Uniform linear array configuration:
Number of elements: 8
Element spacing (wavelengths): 0.75
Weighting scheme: hamming
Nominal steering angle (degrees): -30
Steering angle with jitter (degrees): -28.679
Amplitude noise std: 0.05
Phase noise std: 0.05

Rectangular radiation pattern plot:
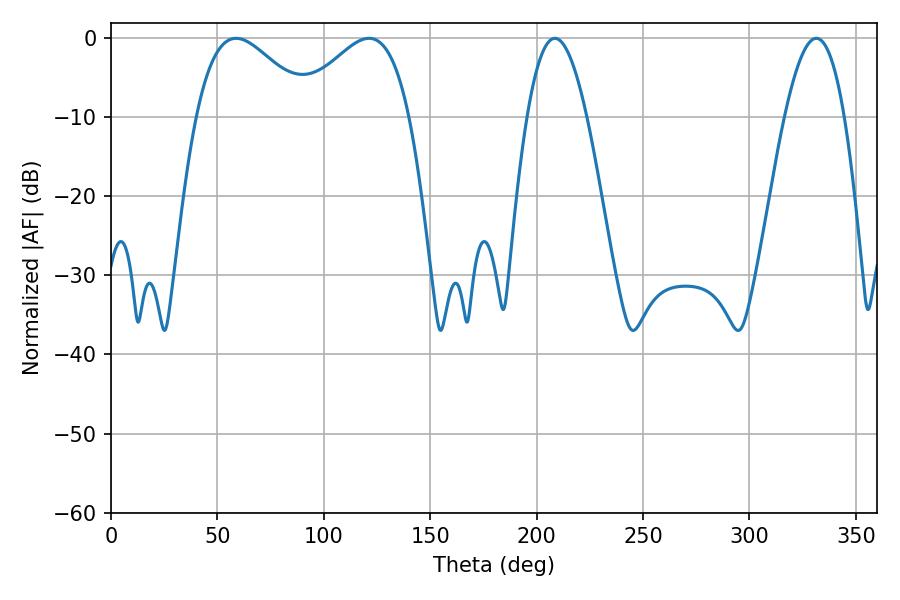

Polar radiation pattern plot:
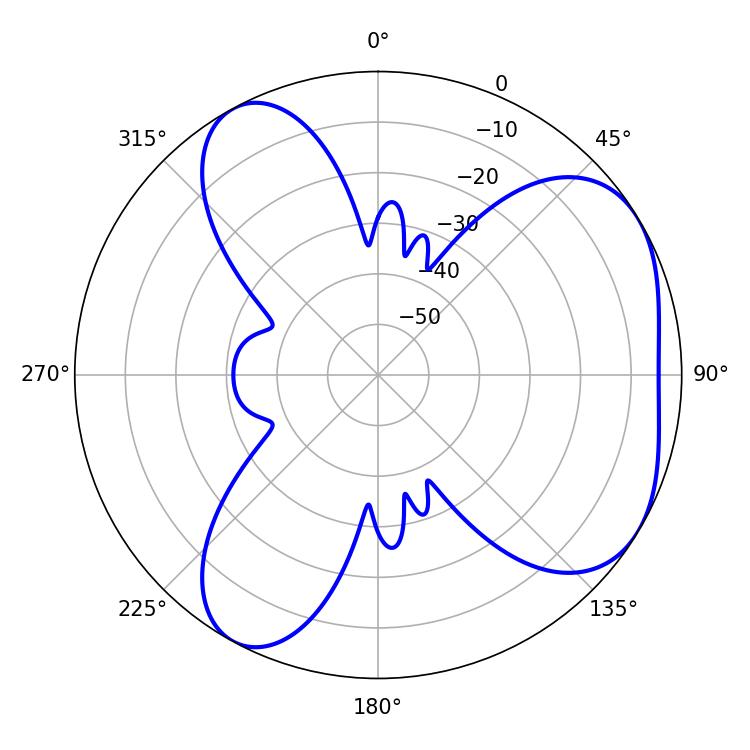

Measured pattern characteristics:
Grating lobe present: TRUE
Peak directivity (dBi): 4.787
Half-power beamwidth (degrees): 15.3
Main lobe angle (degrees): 208.62